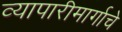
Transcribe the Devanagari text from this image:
व्यापारीमार्गाचे